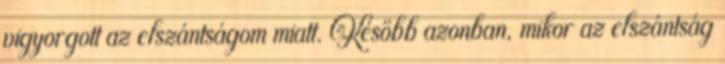
vigyorgott az elszántságom miatt. Később azonban, mikor az elszántság